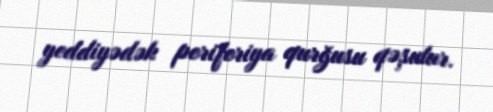
yeddiyədək periferiya qurğusu qəşulur.